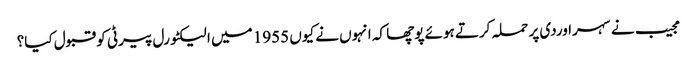
مجیب نے سہراوردی پر حملہ کرتے ہوئے پوچھا کہ انہوں نے کیوں 1955 میں الیکٹورل پیرٹی کو قبول کیا؟